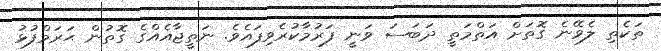
ތަކެތި ލެވޭނެ ގޮތަށް އަތްމަތީ ދަބަސަ ވަނީ ފަރުމާކުރެވިފައެވެ. ނަތީޖާއެއްގެ ގޮތުން ޙަރަމްފުޅު